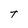
Character: T